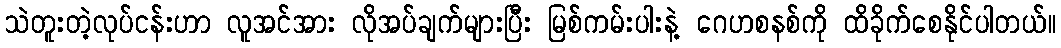
သဲတူးတဲ့လုပ်ငန်းဟာ လူအင်အား လိုအပ်ချက်များပြီး မြစ်ကမ်းပါးနဲ့ ဂေဟစနစ်ကို ထိခိုက်စေနိုင်ပါတယ်။